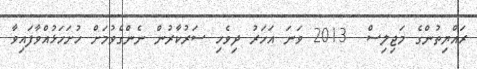
ރައްޔިތުންގެ މަޖިލިސް  2013 ވަނަ އަހަރު ދިވެހި ސަރުކާރުން ނެންގެވުމަށް ހުށަހަޅުއްވާފައިވާ